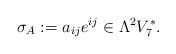
LaTeX: \begin{align*}\sigma_A := a_{ij} e^{ij} \in \Lambda^2 V_7^\ast.\end{align*}